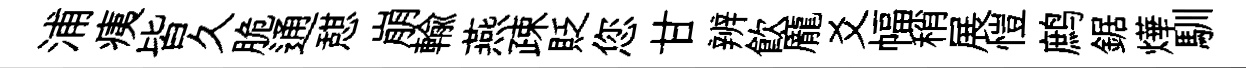
浦痍皆久脆通憇崩輸燕疎貶您甘辨飮龐爻幅稍展愷鹧鋸燁馴